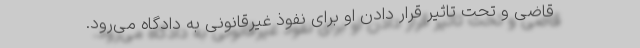
قاضی و تحت تاثیر قرار دادن او برای نفوذ غیرقانونی به دادگاه می‌رود.